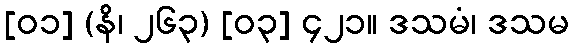
[၀၁] (နိ၊ ၂၆၃) [၀၃] ၄၂၁။ ဒသမံ၊ ဒသမ